Civil Veterinary Department Bihar & Orissa reports 1922-29 - 1922-1929
Year: 1922
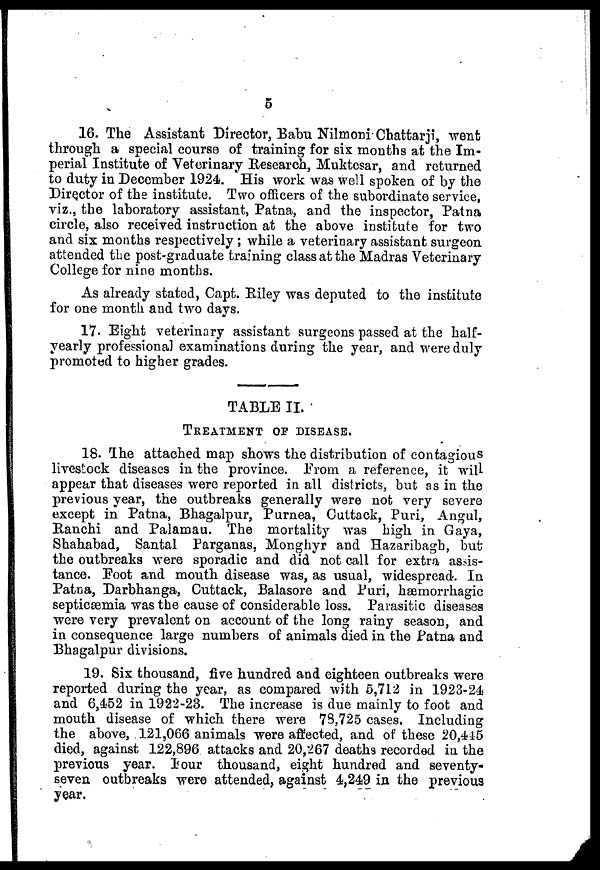
5
16. The Assistant Director, Babu Nilmoni Chattarji, went
through a special course of training for six months at the Im-
perial Institute of Veterinary Research, Muktesar, and returned
to duty in December 1924. His work was well spoken of by the
Director of the institute. Two officers of the subordinate service,
viz., the laboratory assistant, Patna, and the inspector, Patna
circle, also received instruction at the above institute for two
and six months respectively; while a veterinary assistant surgeon
attended the post-graduate training class at the Madras Veterinary
College for nine months.
As already stated, Capt. Riley was deputed to the institute
for one month and two days.
17. Eight veterinary assistant surgeons passed at the half-
yearly professional examinations during the year, and were duly
promoted to higher grades.
TABLE II.
TREATMENT OF DISEASE,
18. The attached map shows the distribution of contagious
livestock diseases in the province. From a reference, it will
appear that diseases were reported in all districts, but as in the
previous year, the outbreaks generally were not very severe
except in Patna, Bhagalpur, Purnea, Cuttack, Puri, Angul,
Ranchi and Palamau. The mortality was high in Gaya,
Shahabad, Santal Parganas, Monghyr and Hazaribagh, but
the outbreaks were sporadic and did not call for extra assis-
tance. Foot and mouth disease was, as usual, widespread. In
Patna, Darbhanga, Cuttack, Balasore and Puri, hæmorrhagic
septicæmia was the cause of considerable loss. Parasitic diseases
were very prevalent on account of the long rainy season, and
in consequence large numbers of animals died in the Patna and
Bhagalpur divisions.
19. Six thousand, five hundred and eighteen outbreaks were
reported during the year, as compared with 5,712 in 1923-24
and 6,452 in 1922-23. The increase is due mainly to foot and
mouth disease of which there were 78,725 cases. Including
the above, 121,066 animals were affected, and of these 20,445
died, against 122,896 attacks and 20,267 deaths recorded in the
previous year. Four thousand, eight hundred and seventy-
seven outbreaks were attended, against 4,249 in the previous
year.